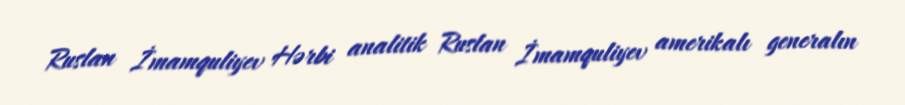
Ruslan İmamquliyev Hərbi analitik Ruslan İmamquliyev amerikalı generalın